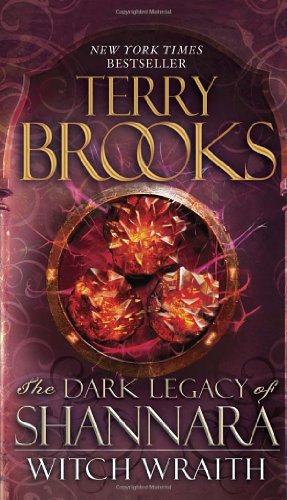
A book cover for Witch Wraith: The Dark Legacy of Shannara; Terry Brooks; Literature & Fiction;